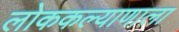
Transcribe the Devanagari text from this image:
लोककल्याणाला